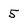
Character: 5